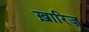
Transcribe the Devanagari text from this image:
ख़ारिज़